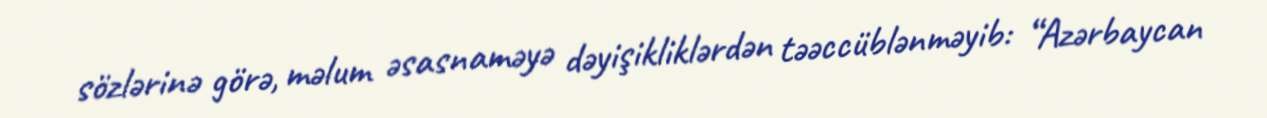
sözlərinə görə, məlum əsasnaməyə dəyişikliklərdən təəccüblənməyib: “Azərbaycan